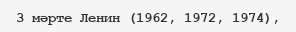
3 мәрте Ленин (1962, 1972, 1974),